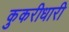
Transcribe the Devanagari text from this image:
कुकरीधारी